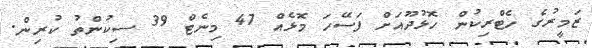
ޒަމީރުގެ ހެޓްރިކުން ހޮޅުދޫއަށް ފަސޭހަ މޮޅެއް 47 މިނެޓް 39 ސިކުންތު ކުރިން.